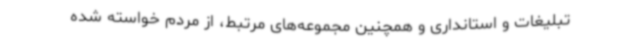
تبلیغات و استانداری و همچنین مجموعه‌های مرتبط، از مردم خواسته شده